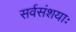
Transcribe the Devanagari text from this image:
सर्वसंशयाः